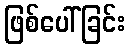
ဖြစ်ပေါ်ခြင်း